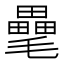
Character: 𣰭